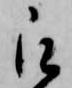
被